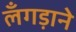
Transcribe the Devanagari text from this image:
लँगड़ाने